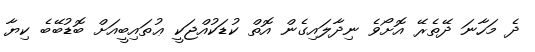
ދެ މަހާނަ ދޭތެރޭ އޮށޯވެ ނިދާލައިގެން އޮތް ކުޑަކުއްޖަކީ ޢުތައިބީއަށް ބޮޑުބޭބެ ކިޔާ